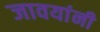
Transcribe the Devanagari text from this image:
जावयांनी